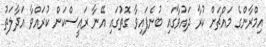
އިމްރާންގެ މައްޗަށް ކުރާ ދައުވާގައި ބުނެފައިވާ ގޮތުގައި އޭނާ ރައީސްކަން ކުރައްވާ އަދާލަތު